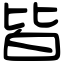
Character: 皆